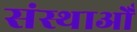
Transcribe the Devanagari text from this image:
संस्थाओँ